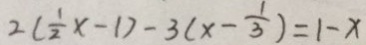
2 ( \frac { 1 } { 2 } x - 1 ) - 3 ( x - \frac { 1 } { 3 } ) = 1 - x